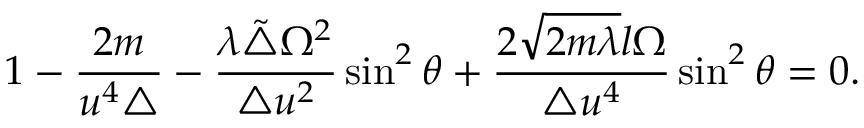
1 - \frac { 2 m } { u ^ { 4 } \triangle } - \frac { \lambda \tilde { \triangle } \Omega ^ { 2 } } { \triangle u ^ { 2 } } \sin ^ { 2 } \theta + \frac { 2 \sqrt { 2 m \lambda } l \Omega } { \triangle u ^ { 4 } } \sin ^ { 2 } \theta = 0 .